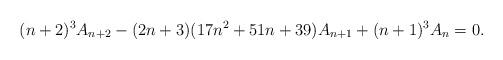
LaTeX: \begin{align*} (n+2)^3A_{n+2} - (2n + 3)(17n^2 + 51n + 39)A_{n+1} + (n+1)^3 A_{n} = 0. \end{align*}